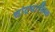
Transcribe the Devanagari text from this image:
चांद्रमासिक